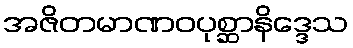
အဇိတမာဏဝပုစ္ဆာနိဒ္ဒေသ